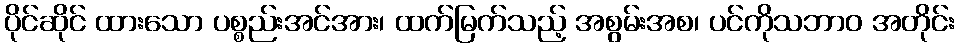
ပိုင်ဆိုင် ထားသော ပစ္စည်းအင်အား၊ ထက်မြက်သည့် အစွမ်းအစ၊ ပင်ကိုသဘာဝ အတိုင်း